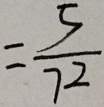
= \frac { 5 } { 7 2 }